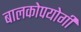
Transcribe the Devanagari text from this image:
बालकोपयोगी